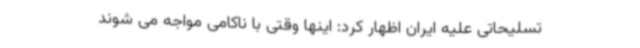
تسلیحاتی علیه ایران اظهار کرد: اینها وقتی با ناکامی مواجه می شوند